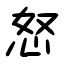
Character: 怒